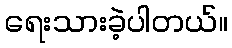
ရေးသားခဲ့ပါတယ်။